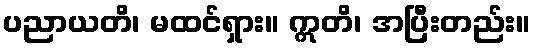
ပညာယတိ၊ မထင်ရှား။ ဣတိ၊ အပြီးတည်း။